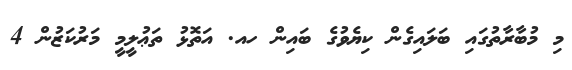
މި މުބާރާތުގައި ބަލައިގެން ކިޔެވުގެ ބައިން ހއ. އަތޮޅު ތަޢުލީމީ މަރުކަޒުން 4